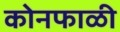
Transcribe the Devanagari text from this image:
कोनफाळी